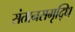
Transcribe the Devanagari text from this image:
संतानसमृद्धि